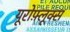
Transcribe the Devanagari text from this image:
यूरोफ़्लूक्स